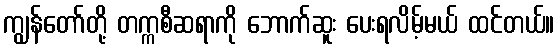
ကျွန်တော်တို့ တက္ကစီဆရာကို ဘောက်ဆူး ပေးရလိမ့်မယ် ထင်တယ်။